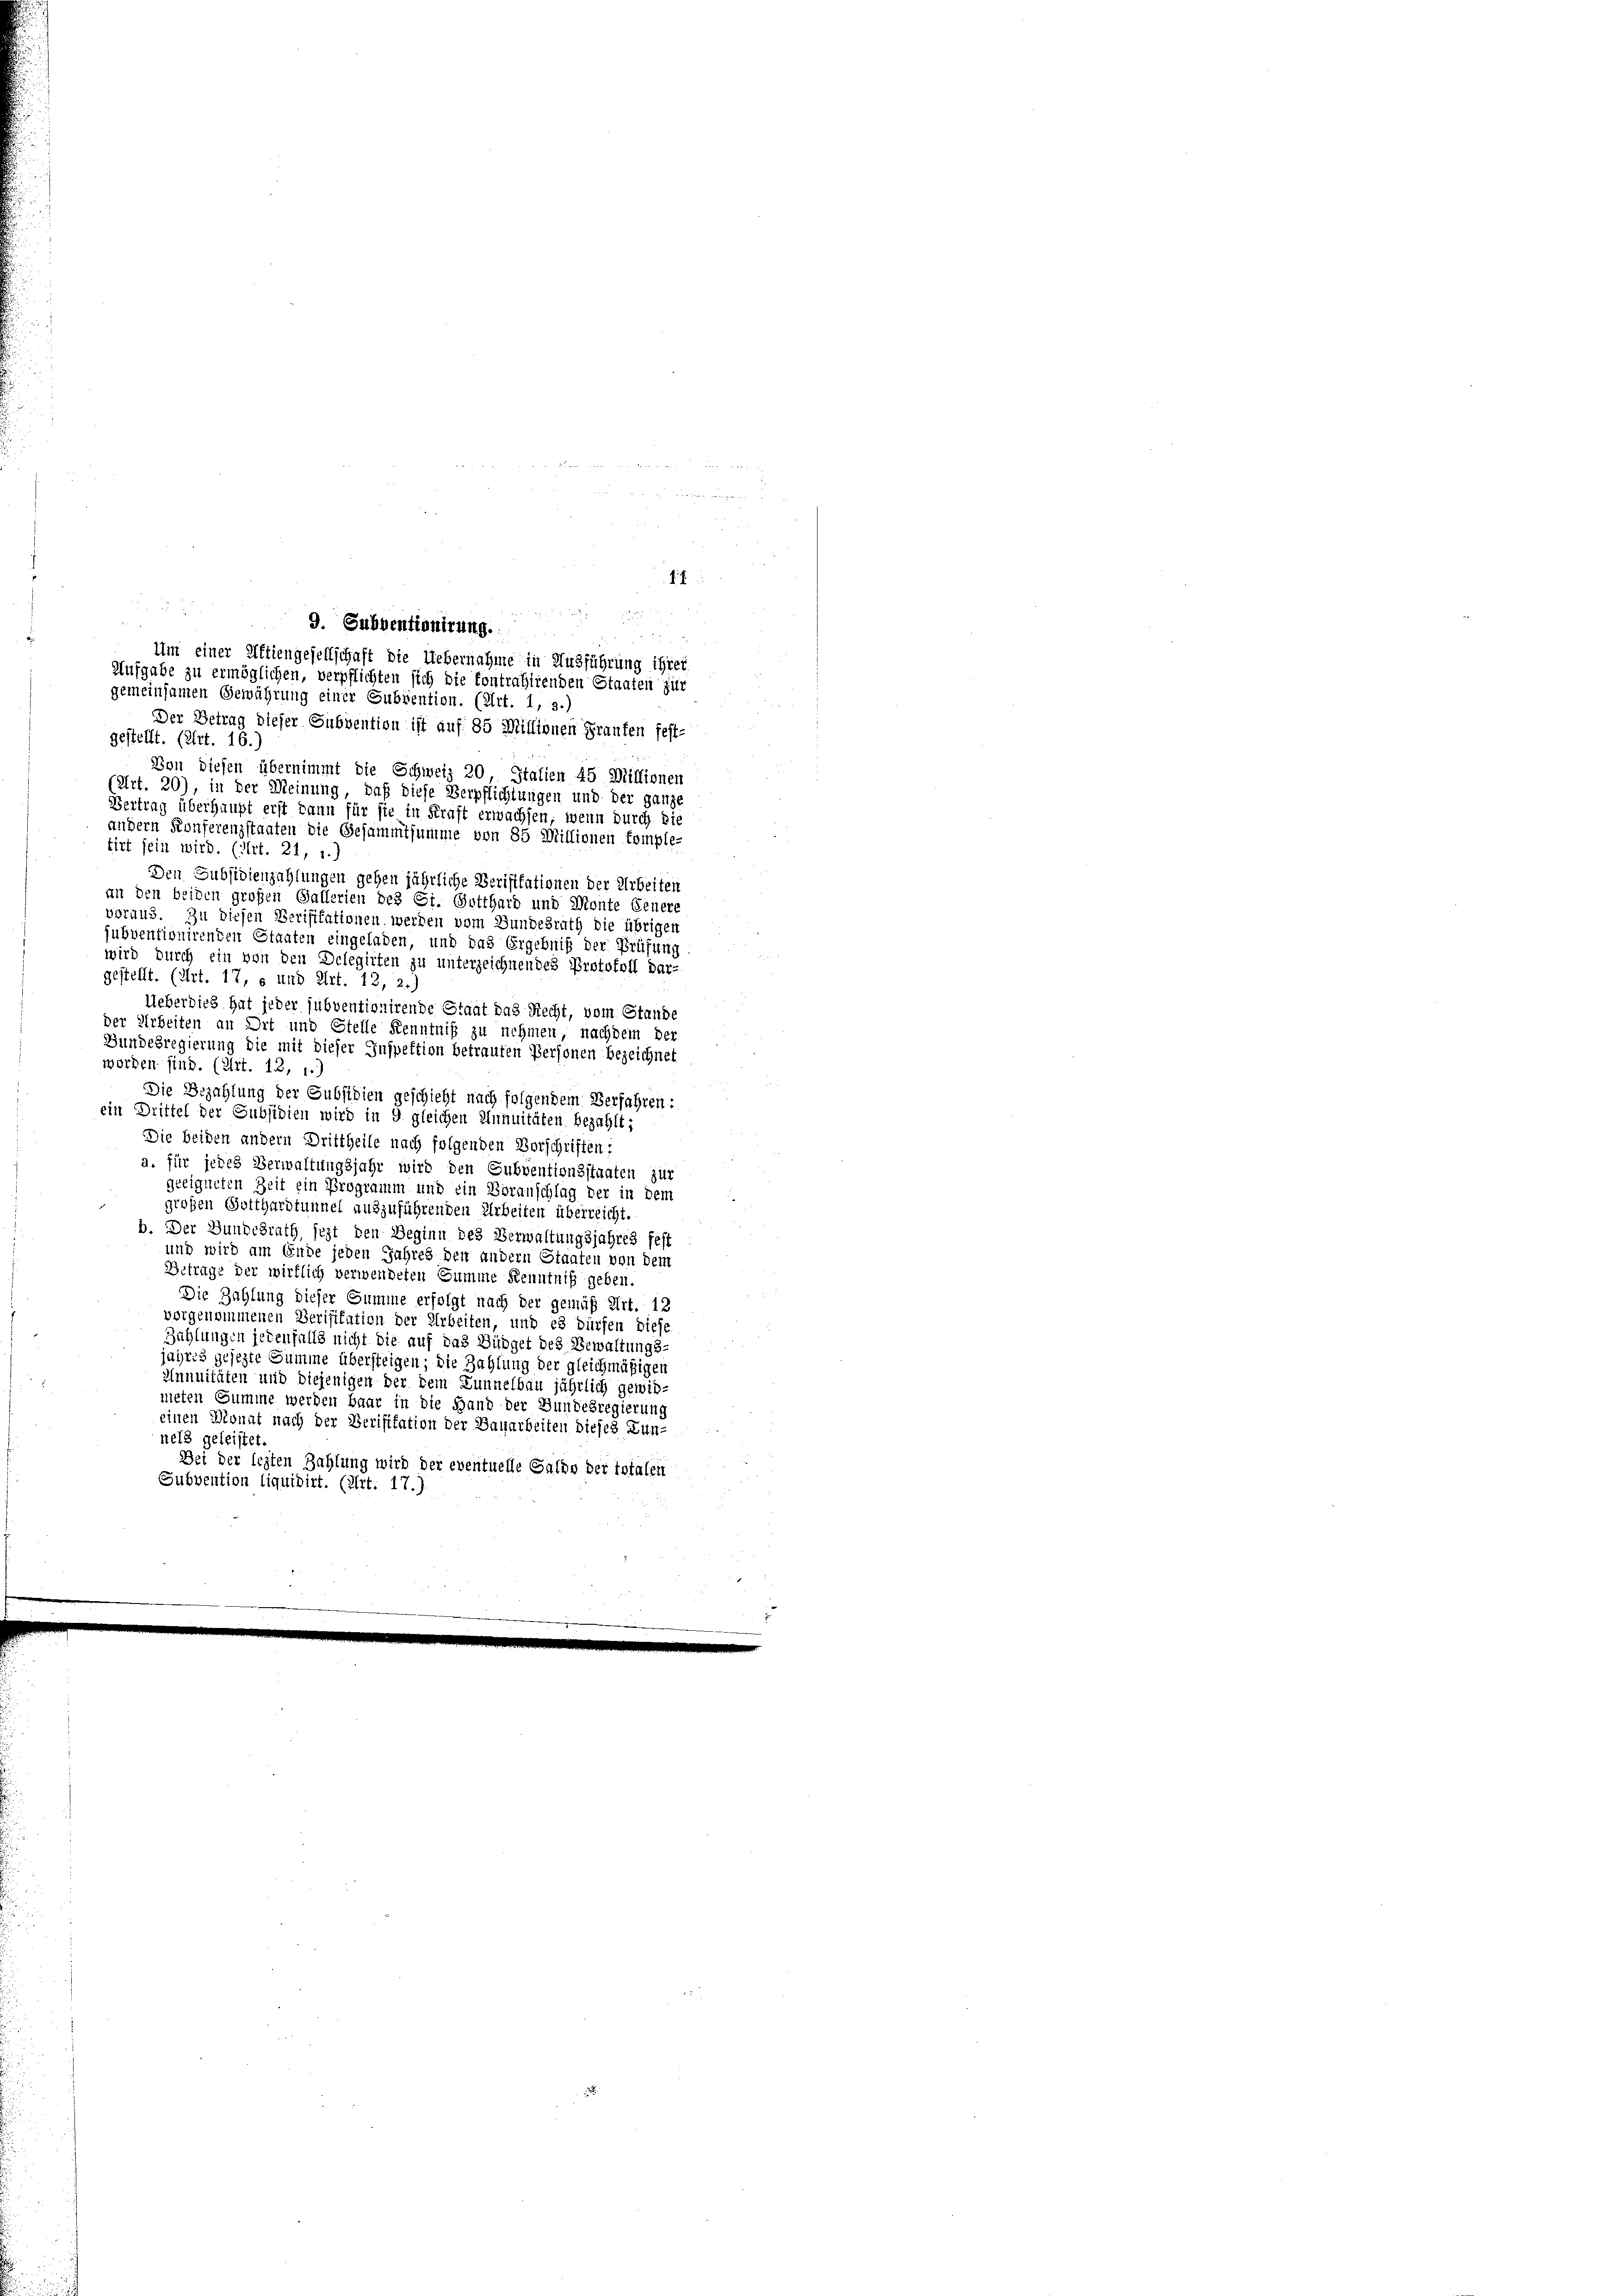
Um einer Aktiengesellschaft die Uebernahme in Ausführung ihrer
Aufgabe zu ermöglichen, verpflichten sich die Contrahirenden Staaten für
gemeinsamen Gewährung einer Subvention. (Art. 1, 3.)
Der Betrag dieser Subvention ist auf 85 Millionen Graufen fest-
gestellt. (Art. 16.)
Von diesen übernimmt die Schweiz 20 Stalien 45 Millionen
PArt. 20), in der Meinung, daß diese Verpflichtungen und der ganze
Vertrag überhaupt erst dann für sie in Kraft erwachsen; wenn durch die
andern Konferenzstaaten die Gesammtsumme von 85 Millionen komple-
tirt sein wird. (Art. 21, 1.)
Den Subsidienzahlungen gehen jährliche Verisitationen der Arbeiten
an den beiden großen Gallerien des Gi. Gotthard und Monte Feuere
voraus. Zu diesen Verifikationen werden vom Bundesrath die übrigen
subventionirenden Staaten eingeladen, und das Ergebniß der Prüfung
wird durch ein von den Delegirten zu unterzeichnendes Protokoll Dar-
gestellt. (Art. 17, s und Art. 12, 2.,
Ueberdies hat jeder subventionirende Staat das Recht, vom Stande
der Arbeiten an Ort und Stelle Kenntniß zu nehmen, nachdem der
Gundesregierung die mit dieser Inspektion betrauten Personen bezeichnet
worden sind. (Art. 12, 1.)
Die Bezahlung der Subsidien geschieht nach folgendem Verfahren:
ein Drittel der Subsidien wird in 9 gleichen Annuitäten bezahlt;
Die beiden andern Drittheile nach folgenden Vorschriften:
a. für jedes Verwaltungsjahr wird den Subventionsstaaten zur
geeigneten Zeit ein Programm und ein Voranschlag der in dem
großen Gotthardtunnel auszuführenden Arbeiten überreicht.
b. Der Bundesrath, jezt den Beginn des Verwaltungsjahres fest
und wird am Ende jeden Jahres den andern Staaten von dem
Betrage der wirklich verwendeten Summe Kenntniß geben.
Die Zahlung dieser Summe erfolgt nach der gemäß Art. 12
vorgenommenen Verifikation der Arbeiten, und es dürfen diese
Zahlungen jedenfalls nicht die auf das Büdget des Bewaltungs-
jahres gesezte Summe übersteigen; die Zahlung der gleichmäßigen
Annuitäten und diejenigen der dem Lunnelbau jährlich gewißneten Summe werden baar in die Hand der Bundesregierung
einen Monat nach der Verifikation der Bauarbeiten dieses Zunnels geleistet.
Dei der lezten Zahlung wird der eventuelle Saldo der Totalen
Subvention liquidirt. (Art. 17.)

14

9. Subventionirung.